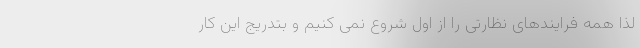
لذا همه فرایندهای نظارتی را از اول شروع نمی کنیم و بتدریج این کار